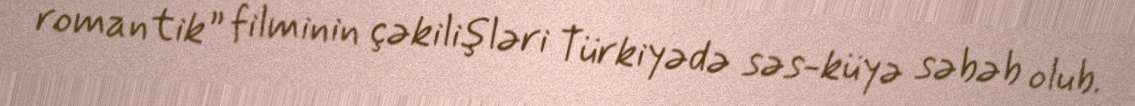
romantik” filminin çəkilişləri Türkiyədə səs-küyə səbəb olub.